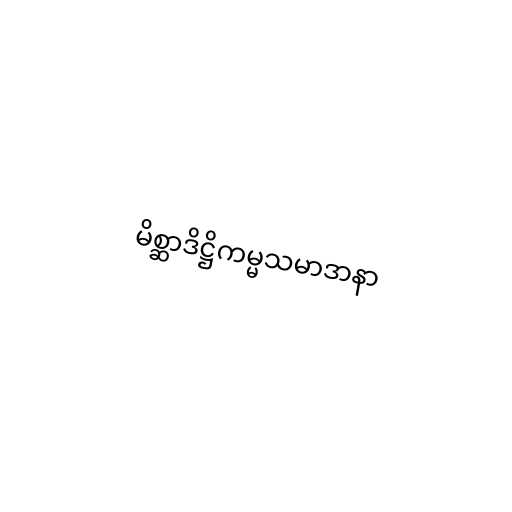
မိစ္ဆာဒိဋ္ဌိကမ္မသမာဒာနာ